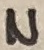
Text: N